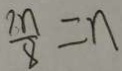
\frac { 8 n } { 8 } = n